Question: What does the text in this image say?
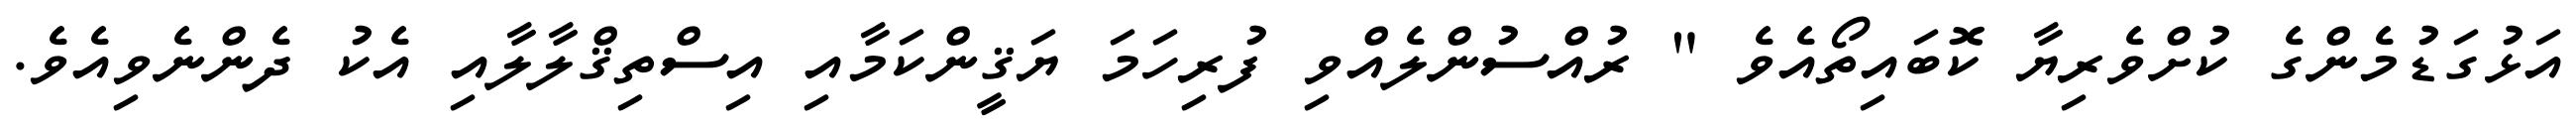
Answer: އަޅުގަޑުމެންގެ ކުށްވެރިޔާ ކޮބައިތޯއެވެ " ރުއްސުންލެއްވި ފުރިހަމަ ޔަޤީންކަމާއި އިސްތިޤްލާލާއި އެކު ދެންނެވިއެވެ.